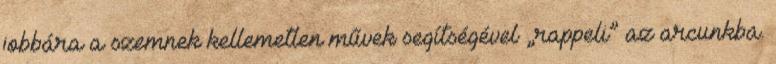
jobbára a szemnek kellemetlen művek segítségével „rappeli” az arcunkba.